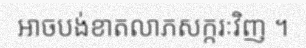
អាចបង់ខាតលាភសក្ករៈវិញ ។